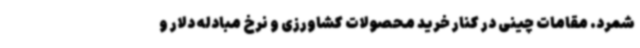
شمرد. مقامات چینی در کنار خرید محصولات کشاورزی و نرخ مبادله دلار و